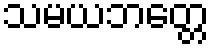
သမယဘတ္တေ